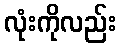
လုံးကိုလည်း